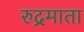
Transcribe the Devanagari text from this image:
रुद्रमाता